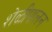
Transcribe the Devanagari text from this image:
शेळीपालन